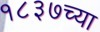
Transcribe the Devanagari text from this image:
१८३७च्या